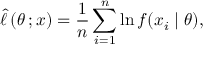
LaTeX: { \widehat { \ell \, } } ( \theta \, ; x ) = { \frac { 1 } { n } } \sum _ { i = 1 } ^ { n } \ln f ( x _ { i } \mid \theta ) ,